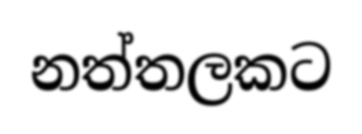
නත්තලකට